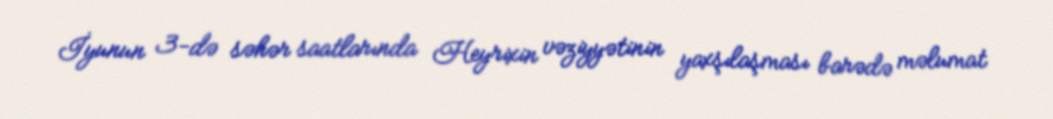
İyunun 3-də səhər saatlarında Heyrixin vəziyyətinin yaxşılaşması barədə məlumat